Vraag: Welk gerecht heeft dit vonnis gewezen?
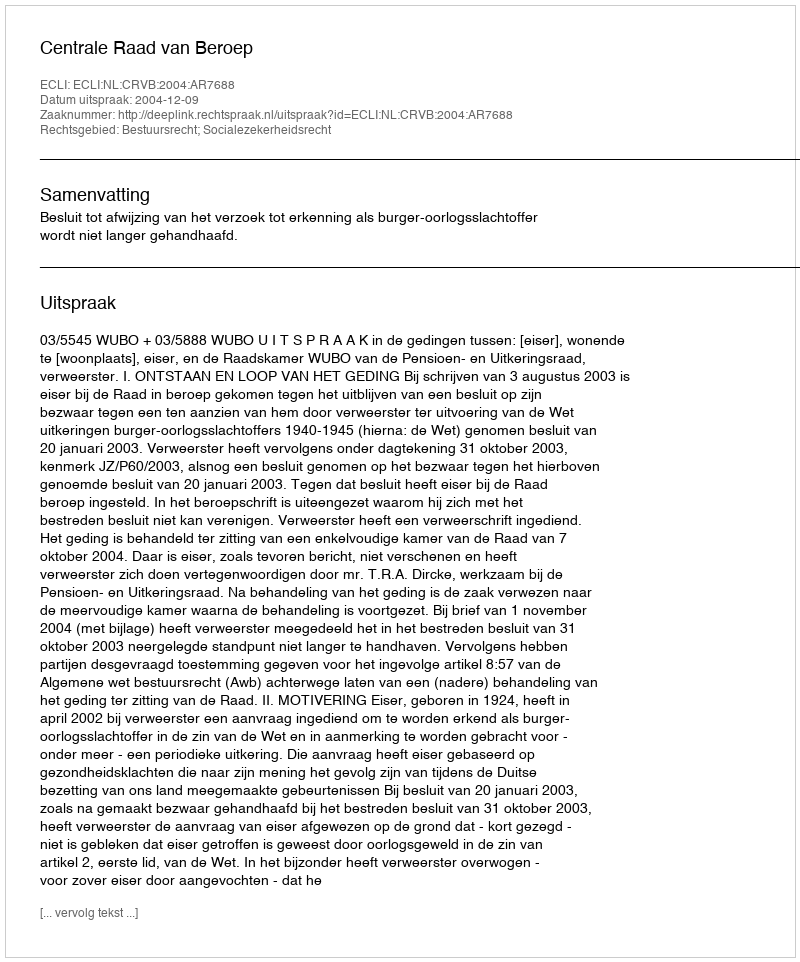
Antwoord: Centrale Raad van Beroep